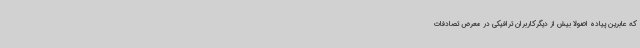
که عابرین پیاده اصولاً بیش از دیگرکاربران ترافیکی در معرض تصادفات